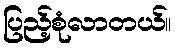
ပြည့်စုံလာတယ်။